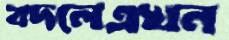
বদলেএখন